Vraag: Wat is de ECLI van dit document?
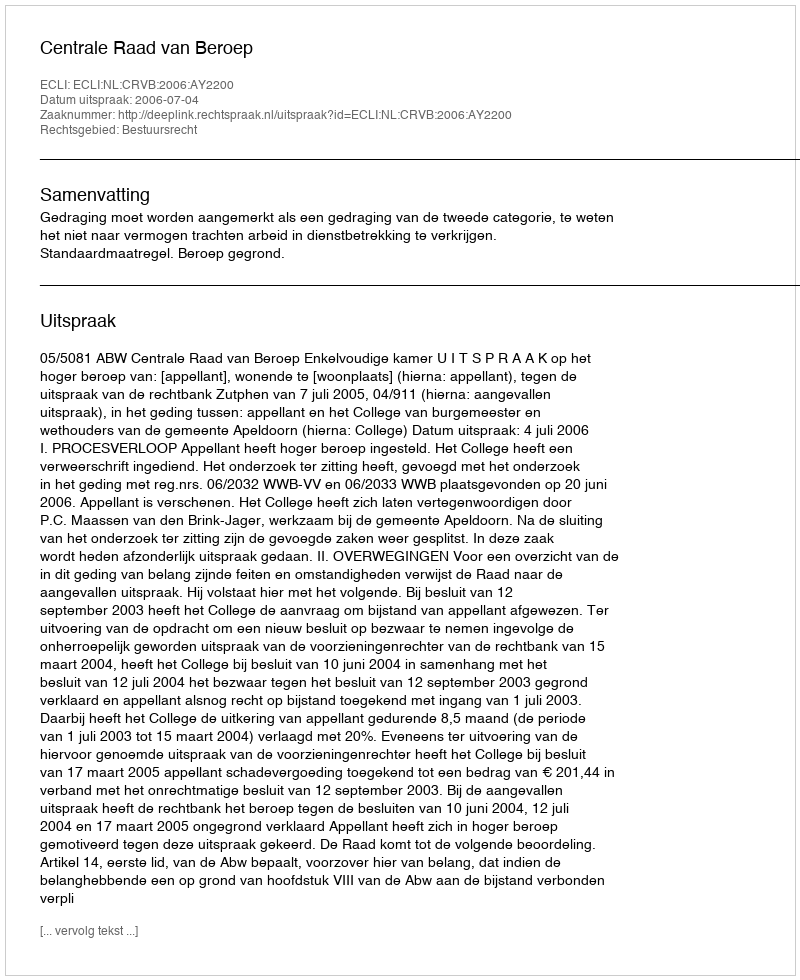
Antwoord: ECLI:NL:CRVB:2006:AY2200